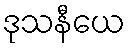
ဒုသနီယေ